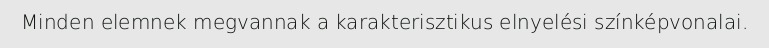
Minden elemnek megvannak a karakterisztikus elnyelési színképvonalai.